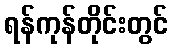
ရန်ကုန်တိုင်းတွင်